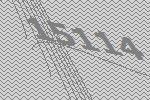
15114